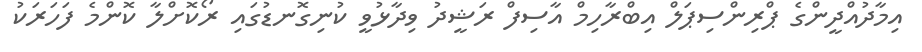
އިމާދުއްދީންގެ ޕްރިންސިޕަލް އިބްރާހިމް އާސިފް ރަޝީދު ވިދާޅުވީ ކުނިގޮނޑުގައި ރޯކޮށްލާ ކޮންމެ ފަހަރަކު